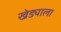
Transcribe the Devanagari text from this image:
खेड्याला